Annual report on the Civil Veterinary Department, Burma (including the Insein Veterinary School) - 1932-1941
Year: 1932
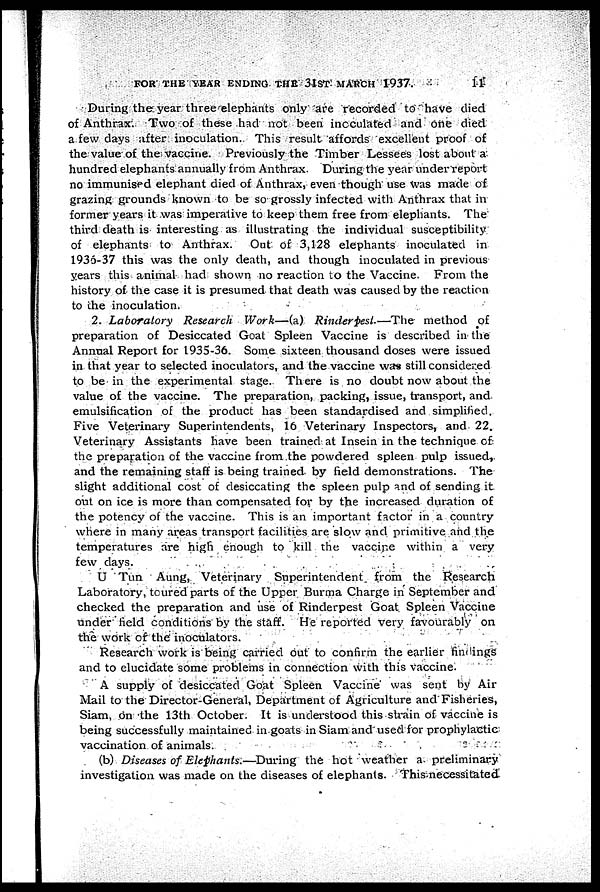
FOR THE YEAR ENDING THE 31ST MARCH 1937.
11
During the year three elephants only are recorded to have died
of Anthrax. Two of these had not been inoculated and one died
a few days after inoculation. This result affords excellent proof of
the value of the vaccine. Previously the Timber Lessees lost about a
hundred elephants annually from Anthrax. During the year under report
no immunised elephant died of Anthrax, even though use Was made of
grazing grounds known to be so grossly infected with Anthrax that in
former years it was imperative to keep them free from elephants. The
third death is interesting as illustrating the individual susceptibility
of elephants to Anthrax.
Out of 3,128 elephants inoculated in
1936-37 this was the only death, and though inoculated in previous
years this animal had shown no reaction to the Vaccine. From the
history of the case it is presumed that death was caused by the reaction
to the inoculation.
2. Laboratory
Research
Work—(a)
Rinderpest.—The
method of
preparation of Desiccated Goat Spleen Vaccine is described in the
Annual Report for 1935-36. Some sixteen thousand doses were issued
in that year to selected inoculators, and the vaccine was still considered
to be in the experimental stage. There is no doubt now about the
value of the vaccine. The preparation, packing, issue, transport, and
emulsification of the product has been standardised and simplified.
Five Veterinary Superintendents, 16 Veterinary Inspectors, and 22.
Veterinary Assistants have been trained at Insein in the technique of
the preparation of the vaccine from the powdered spleen pulp issued,
and the remaining staff is being trained by field demonstrations. The
slight additional cost of desiccating the spleen pulp and of sending it
out on ice is more than compensated for by the increased duration of
the potency of the vaccine. This is an important factor in a country
where in many areas transport facilities are slow and primitive and the
temperatures are high enough to kill the vaccine within a very
few days.
U Tun Aung, Veterinary Superintendent from the Research
Laboratory, toured parts of the Upper Burma Charge in September and
checked the preparation and use of Rinderpest Goat Spleen Vaccine
under held conditions by the staff. He reported very favourably on
the work of the inoculators.
Research work is being carried out to confirm the earlier findings
and to elucidate some problems in connection with this vaccine.
A supply of desiccated Goat Spleen Vaccine was sent by Air
Mail to the Director-General, Department of Agriculture and Fisheries,
Siam, on the 13th October. It is understood this strain of vaccine is
being successfully maintained in goats in Siam and used for prophylactic
vaccination of animals.
(b) Diseases of Elephants.—During
the hot weather a preliminary
investigation was made on the diseases of elephants. This necessitated